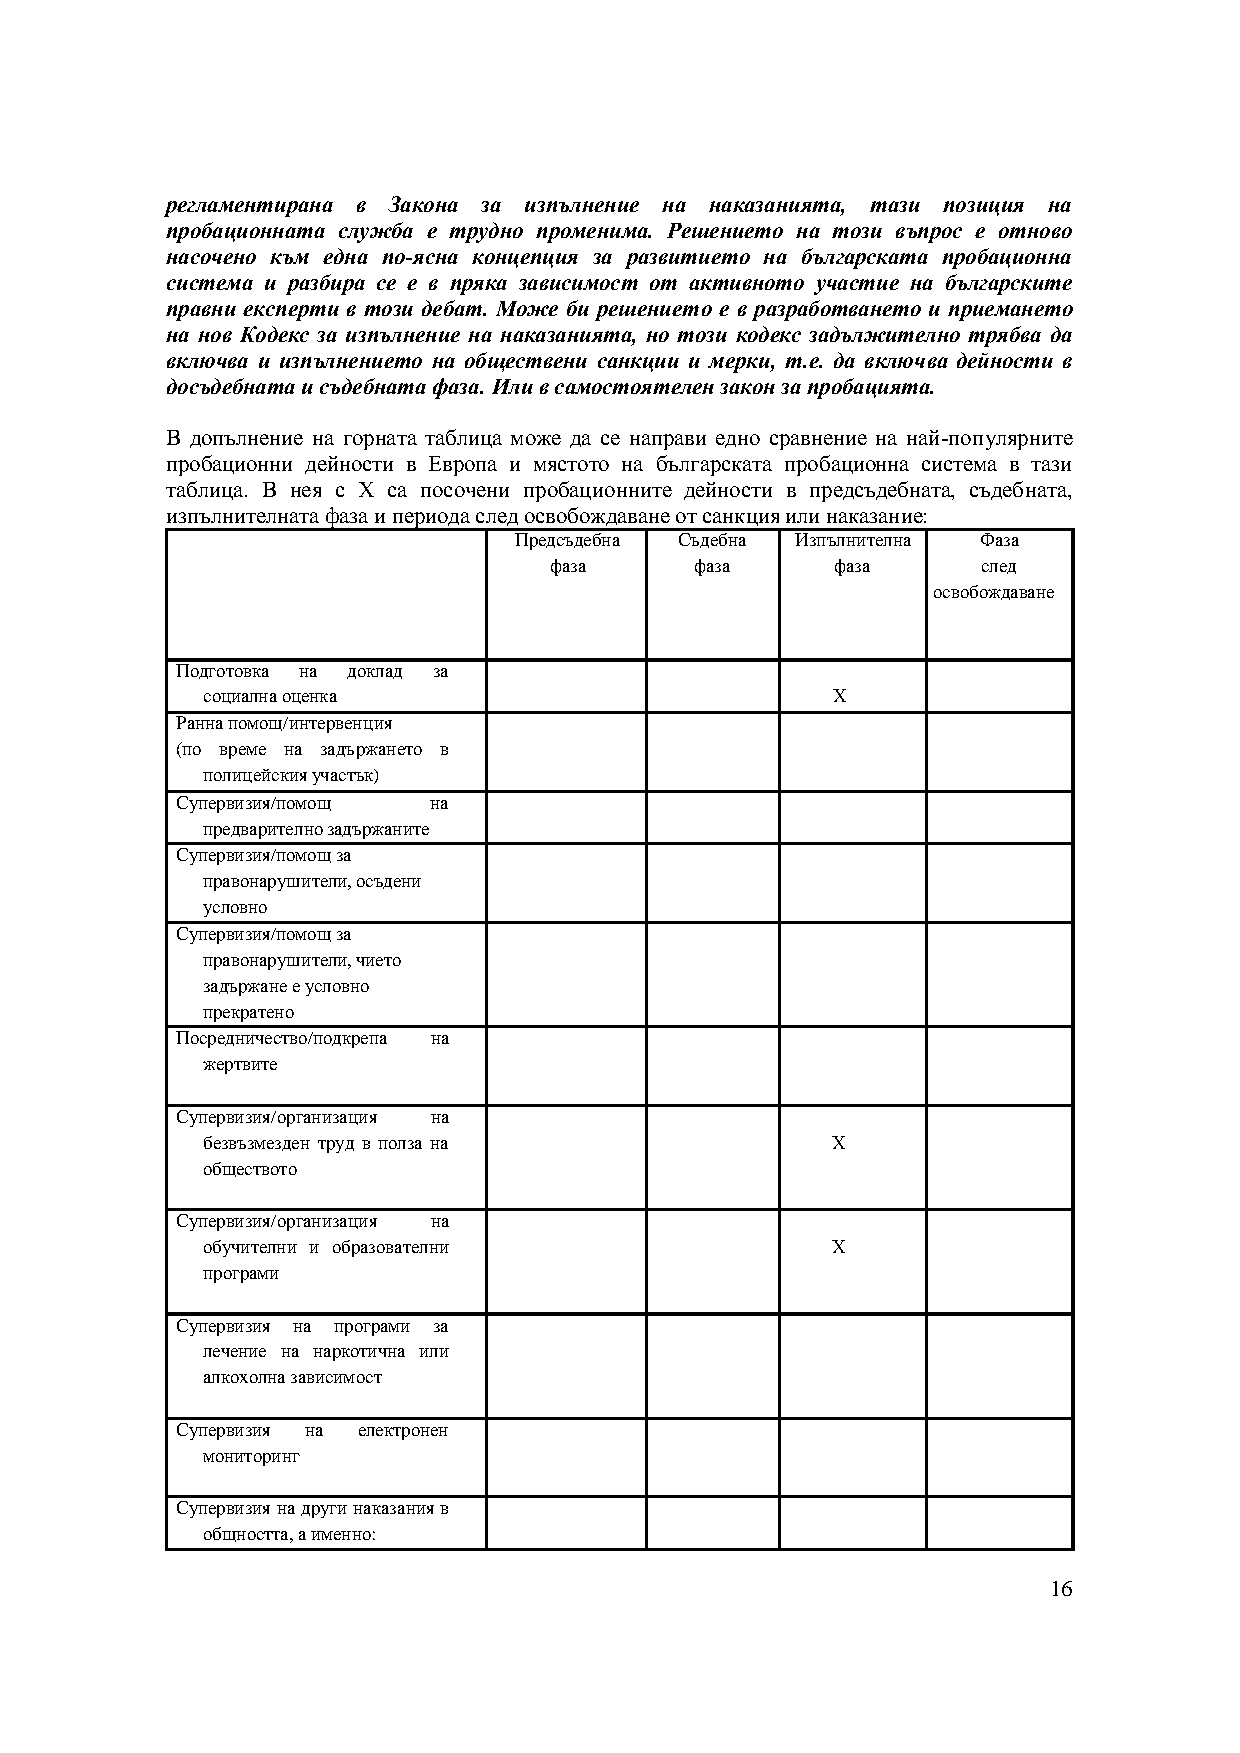
регламентирана в Закона за изпълнение на наказанията, тази позиция на
 пробационната служба е трудно променима. Решението на този въпрос е отново
 насочено към една по-ясна концепция за развитието на българската пробационна
 система и разбира се е в пряка зависимост от активното участие на българските
 правни експерти в този дебат. Може би решението е в разработването и приемането
 нановКодекс за изпълнение на наказанията, но този кодекс задължително трябва да
 включва и изпълнението на обществени санкции и мерки, т.е. да включва дейности в
 досъдебната и съдебната фаза. Или в самостоятелен закон запробацията.
 В допълнение на горната таблица може да се направи едно сравнение на най-популярните
 пробационни дейности в Европа и мястото набългарската пробационна система в тази
 таблица. В нея с Х са посочени пробационните дейности в предсъдебната, съдебната,
 изпълнителната фаза и периода след освобождаване от санкция или наказание:
 Предсъдебна Съдебна Изпълнителна Фаза
 фаза      фаза     фаза      след
 освобождаване
 Подготовка на доклад за
 социална оценка                           Х
 Ранна помощ/интервенция
 (по време на задържането в
 полицейския участък)
 Супервизия/помощ на
 предварително задържаните
 Супервизия/помощ за
 правонарушители, осъдени
 условно
 Супервизия/помощ за
 правонарушители, чието
 задържане е условно
 прекратено
 Посредничество/подкрепа на
 жертвите
 Супервизия/организация на
 безвъзмезден труд в полза на              Х
 обществото
 Супервизия/организация на
 обучителни и образователни                Х
 програми
 Супервизия на програми за
 лечение на наркотична или
 алкохолна зависимост
 Супервизия на електронен
 мониторинг
 Супервизия на други наказания в
 общността, а именно:
 16